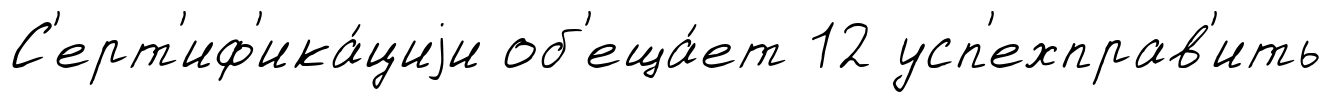
С'ерт'иф'ика́циjи об'еща́ет 12 усп'ехправ'ить